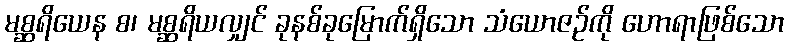
မစ္ဆရိယေန စ၊ မစ္ဆရိယလျှင် ခုနစ်ခုမြောက်ရှိသော သံယောဇဉ်ကို ဟောရာဖြစ်သော